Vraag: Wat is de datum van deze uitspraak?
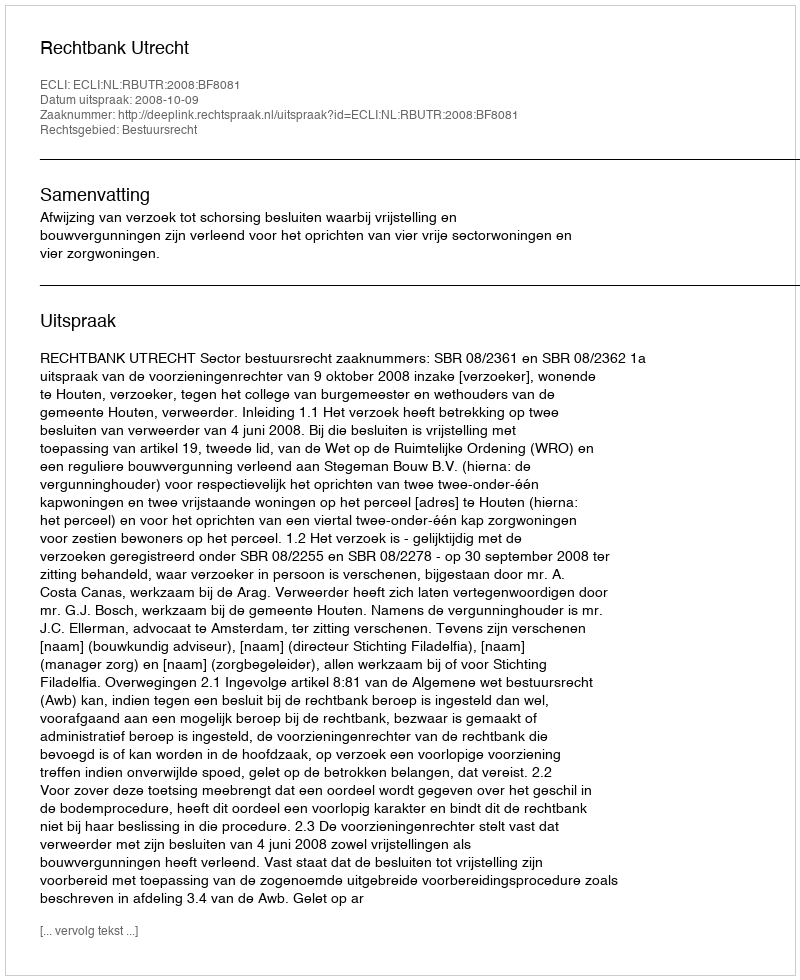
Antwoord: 2008-10-09